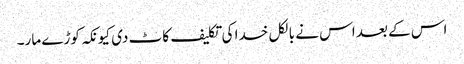
اس کے بعد اس نے بالکل خدا کی تکلیف کاٹ دی کیونکہ کوڑے مار۔